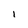
Character: 1